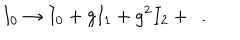
I _ { 0 } \rightarrow I _ { 0 } + g I _ { 1 } + g ^ { 2 } I _ { 2 } + \dots